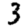
Digit: 3